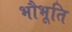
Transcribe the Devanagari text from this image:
भौभूति